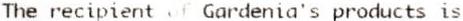
THE RECIPIENT OF GARDENIA'S PRODUCTS IS